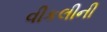
વીકલીની